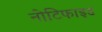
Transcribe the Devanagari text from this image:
नोटिफाइड